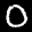
Label: 0